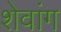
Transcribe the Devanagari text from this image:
शेवांग